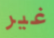
غير